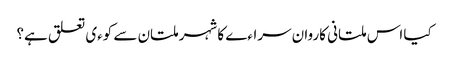
کیا اس ملتانی کاروان سراءے کا شہر ملتان سے کوءی تعلق ہے؟